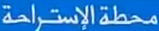
محطةالإسترائحة